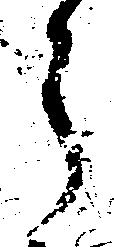
う